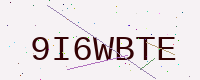
Text: 9I6WBTE